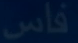
فاس